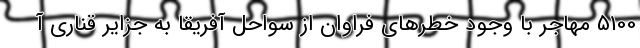
5100 مهاجر با وجود خطرهای فراوان از سواحل آفریقا به جزایر قناری آ